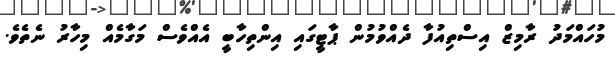
މުހައްމަދު ރާމިޒް އިސްތިއުފާ ދެއްވުމުން ޕާޓީގައި އިންތިހާބީ އެއްވެސް މަގާމެއް މިހާރު ނެތެވެ.